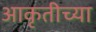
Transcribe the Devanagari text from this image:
आकृतीच्या